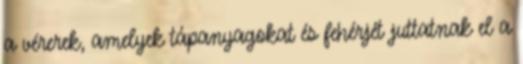
a vérerek, amelyek tápanyagokat és fehérjét juttatnak el a